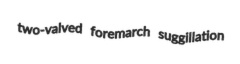
two-valved foremarch suggillation